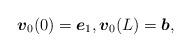
LaTeX: \begin{align*}\mbox{\mathversion{bold}$v$}_{0}(0)=\mbox{\mathversion{bold}$e$}_{1}, \mbox{\mathversion{bold}$v$}_{0}(L)=\mbox{\mathversion{bold}$b$},\end{align*}